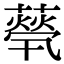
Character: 𦽓